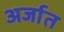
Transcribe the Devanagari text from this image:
अर्जात